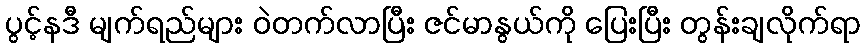
ပွင့်နဒီ မျက်ရည်များ ဝဲတက်လာပြီး ဇင်မာနွယ်ကို ပြေးပြီး တွန်းချလိုက်ရာ